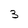
Character: 3